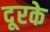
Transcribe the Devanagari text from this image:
दूरके